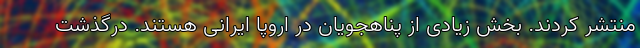
منتشر کردند. بخش زیادی از پناهجویان در اروپا ایرانی هستند. درگذشت